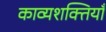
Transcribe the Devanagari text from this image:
काव्यशक्तियाँ